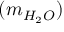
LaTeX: ( m _ { H _ { 2 } O } )